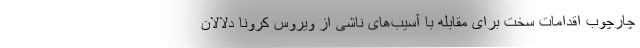
چارچوب اقدامات سخت برای مقابله با آسیب‌های ناشی از ویروس کرونا دلالان